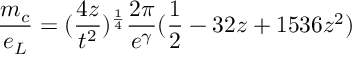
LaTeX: \frac { m _ { c } } { e _ { L } } = ( \frac { 4 z } { t ^ { 2 } } ) ^ { \frac { 1 } { 4 } } \frac { 2 \pi } { e ^ { \gamma } } ( \frac { 1 } { 2 } - 3 2 z + 1 5 3 6 z ^ { 2 } )